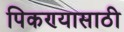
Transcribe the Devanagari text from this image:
पिकण्यासाठी